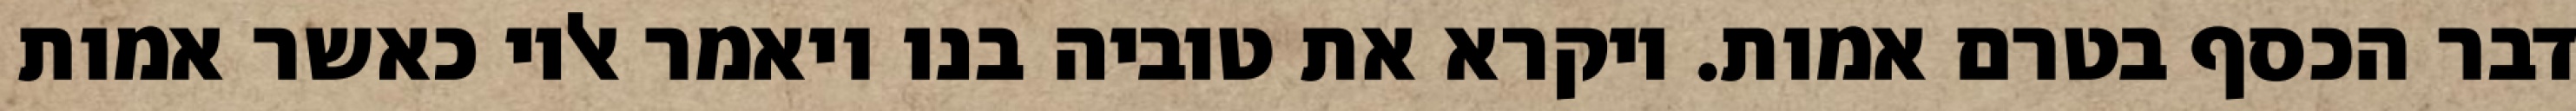
דבר הכסף בטרם אמות. ויקרא את טוביה בנו ויאמר אליו כאשר אמות